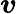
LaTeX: \boldsymbol{\mathit{v}}